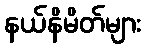
နယ်နိမိတ်များ